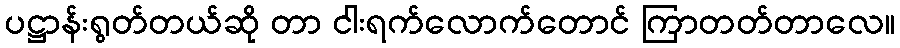
ပဋ္ဌာန်းရွတ်တယ်ဆို တာ ငါးရက်လောက်တောင် ကြာတတ်တာလေ။